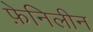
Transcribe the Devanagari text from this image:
फ़ेनिलीन